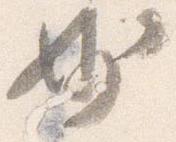
妙